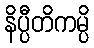
နိပ္ပီတိကမ္ပိ